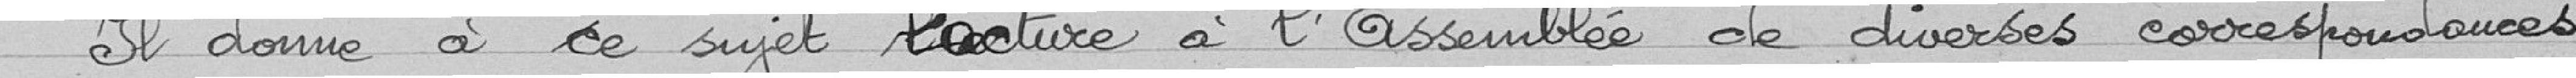
Il donne à ce sujet lecture à l'Assemblée de diverses correspondances